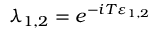
\lambda _ { 1 , 2 } = e ^ { - i T \varepsilon _ { 1 , 2 } }